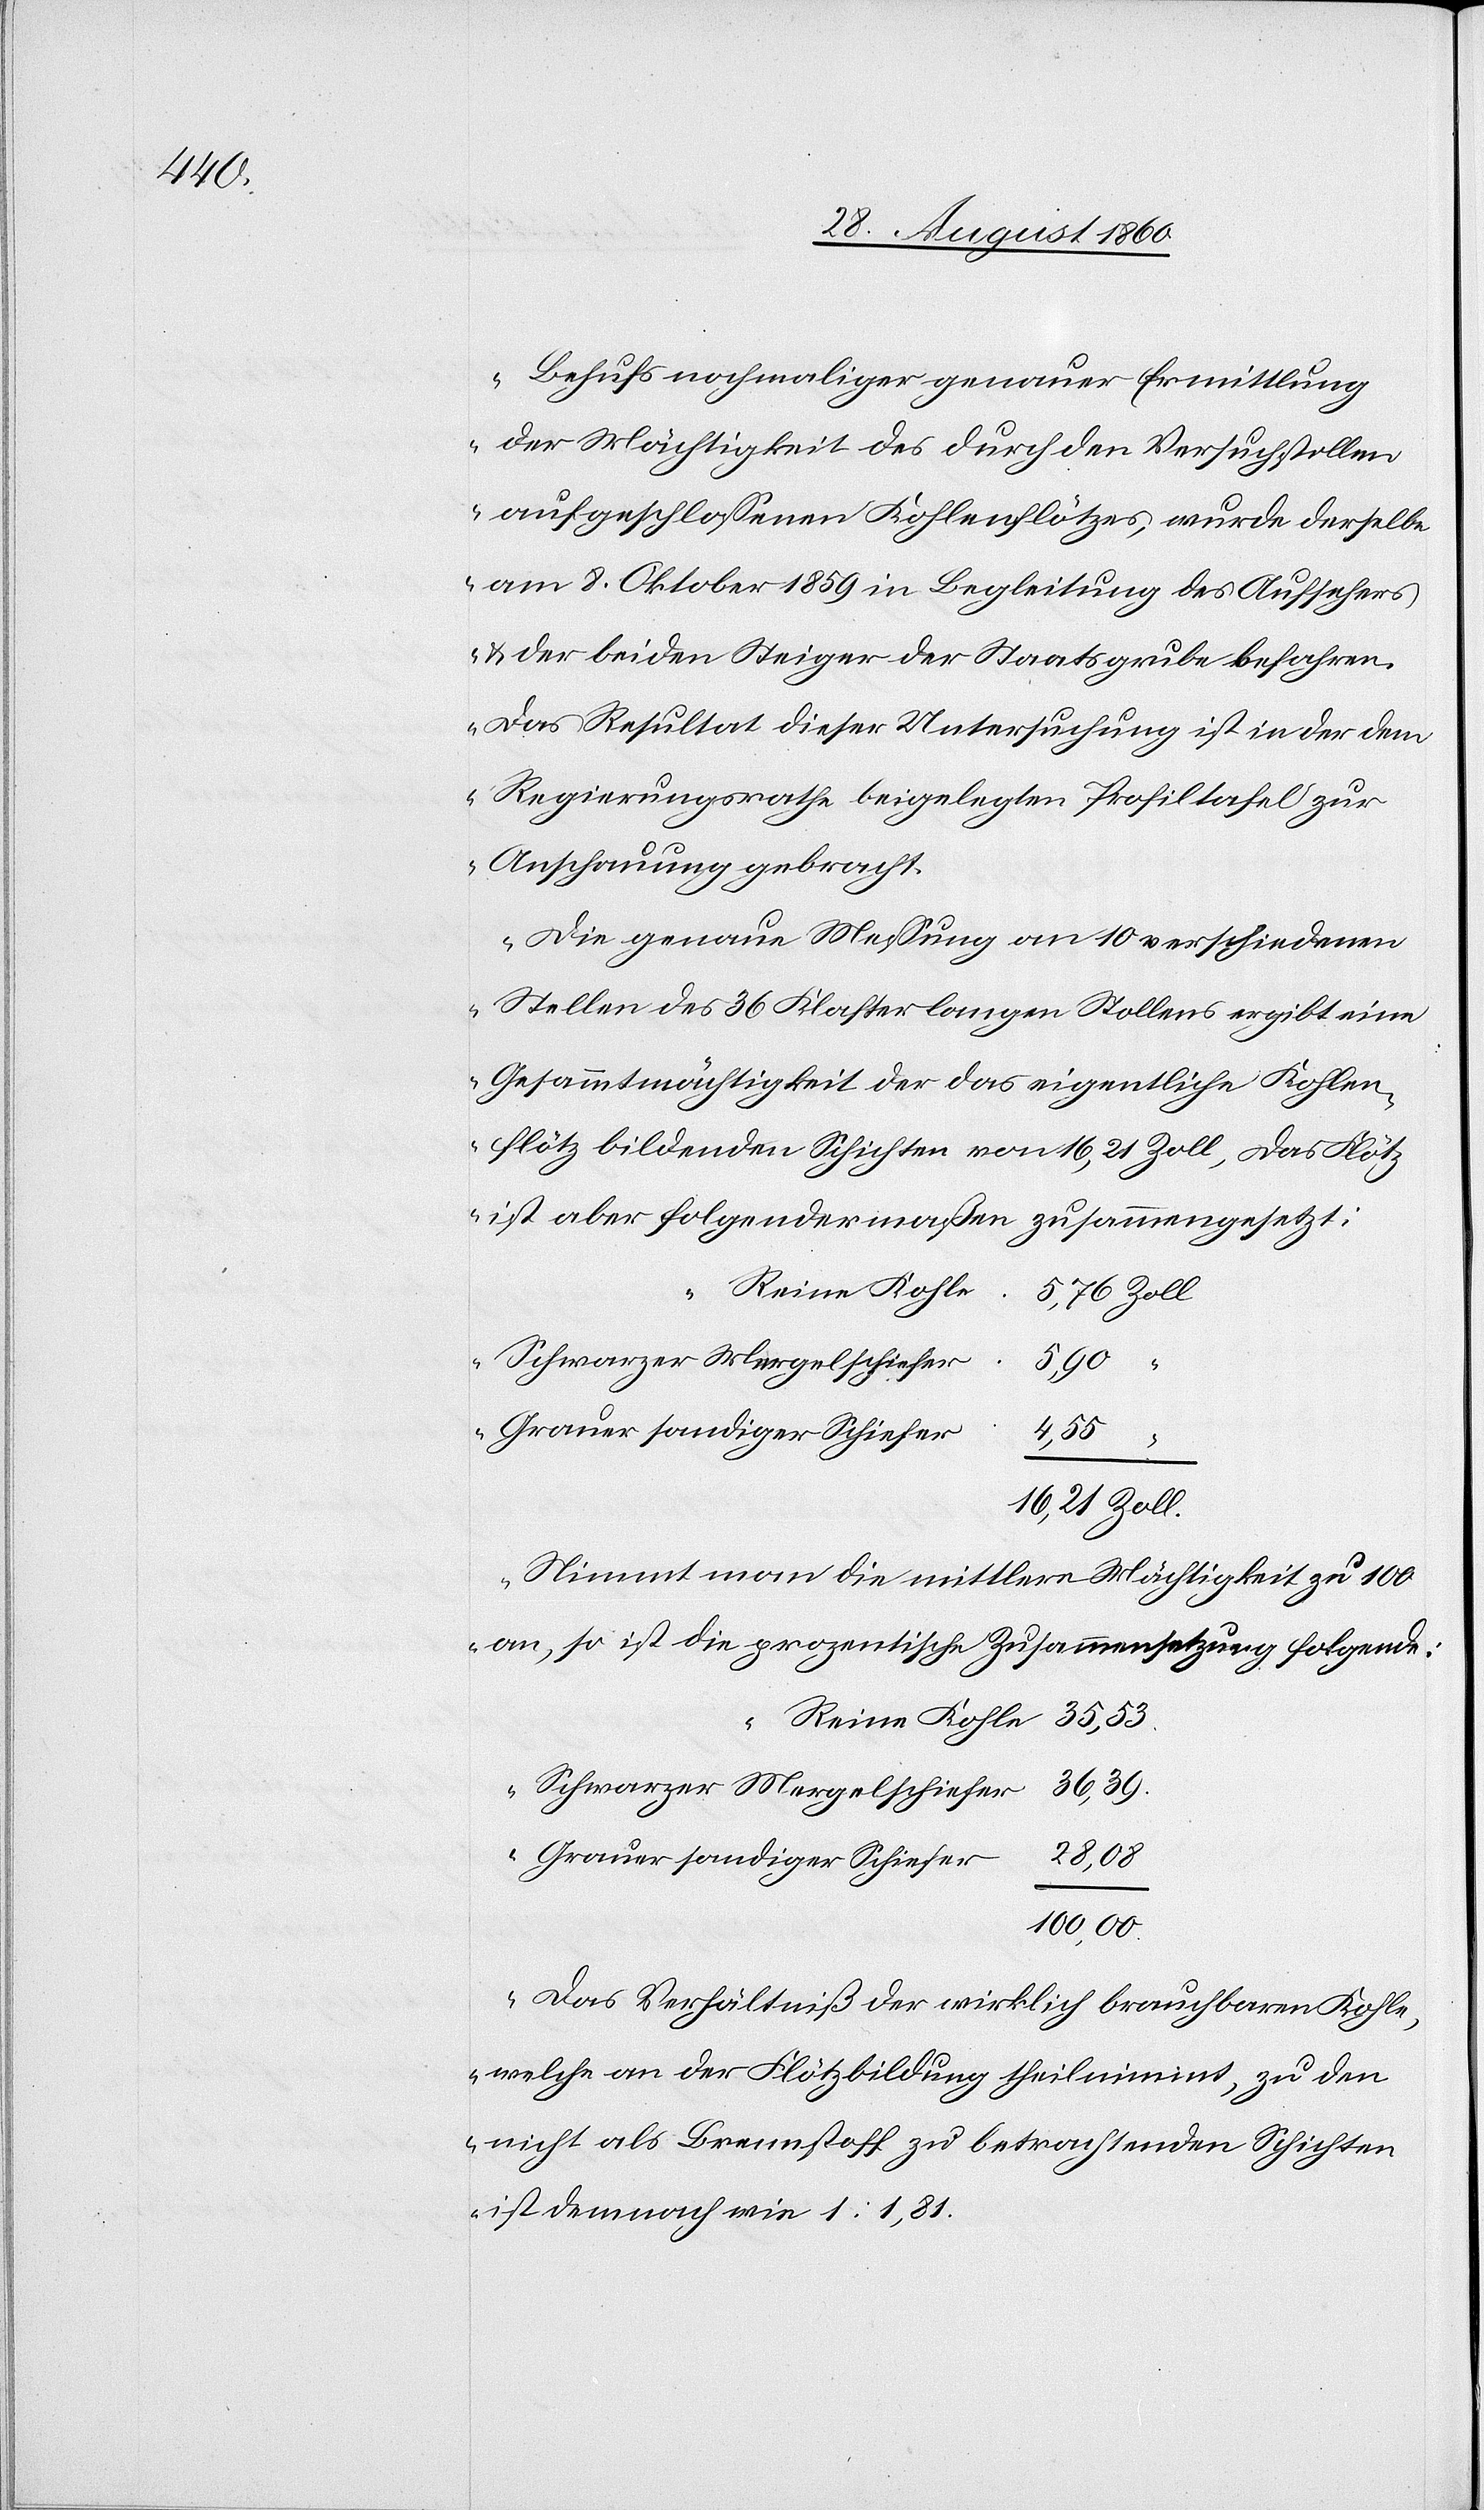
Zoll.

der Mächtigkeit des durch den Versuchsstollen
aufgeschlossenen Kohlenflötzes, wurde derselbe
am 8t Oktober 1859 in Begleitung des Aufsehers
u. der beiden Steiger der Staatsgrube befahren.
Das Resultat dieser Untersuchung ist in der dem
Regierungsrathe beigelegten Profiltafel zur
Anschauung gebracht.
Die genaue Messung an 10 verschiedenen
Stellen des 36. Klaster langen Stollens ergibt eine
Gesammtmächtigkeit der das eigentliche Kohlen¬
flötzes bildenden Schichten von 16,21 Zoll. Das Flötz
ist aber folgendermassen zusammengesetzt:
Reine Kohle
35,53.
4,55
“
Nimmt man die mittlere Mächtigkeit zu 100
an, so ist die prozentische Zusammensetzung folgende:
36,39.
Schwarzer Mergelschiefer
28,08.
Grauer sandiger Schiefer
100.00.
Das Verhältniss der wirklich brauchbaren Kohle,
welche an der Flötzbildung theilnimmt, zu den
nicht als Brennstoff zu betrachtenden Schichten
ist demnach wie 1:1,81.